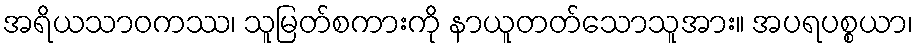
အရိယသာဝကဿ၊ သူမြတ်စကားကို နာယူတတ်သောသူအား။ အပရပစ္စယာ၊